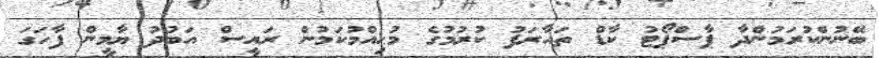
ބޭނުންކުރަމުންދާ ޕާސްޕޯޓު ކާޑް ތައާރަފު ކުރުމުގެ މުޙިއްމުކަމުން ރައީސް އަބުދު ޔާމީން ފާހަގަ